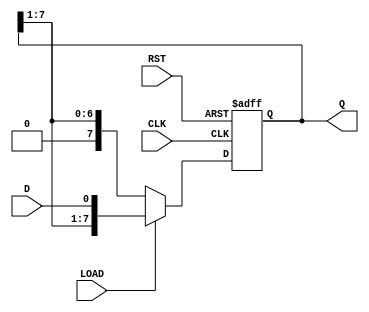
module ParameterizedShiftRegister #(
    parameter N = 8  // Default width of the shift register
)(
    input wire D,          // Data input
    input wire CLK,        // Clock signal
    input wire RST,        // Reset signal
    input wire LOAD,       // Load signal
    output reg [N-1:0] Q   // Data output
);

    // Internal storage for the shift register
    reg [N-1:0] shift_reg;

    always @(posedge CLK or posedge RST) begin
        if (RST) begin
            // Asynchronous reset: clear the shift register
            shift_reg <= {N{1'b0}};
        end else if (LOAD) begin
            // Load the new data at LSB and shift others
            shift_reg <= {shift_reg[N-1:1], D};
        end else begin
            // Shift right: discard the LSB
            shift_reg <= {1'b0, shift_reg[N-1:1]};
        end
    end

    // Assign the current state of the shift register to the output
    assign Q = shift_reg;

endmodule